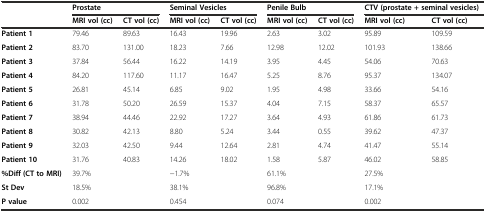
<table><thead><tr><td></td><td colspan="2"><b>Prostate</b></td><td colspan="2"><b>Seminal Vesicles</b></td><td colspan="2"><b>Penile Bulb</b></td><td colspan="2"><b>CTV (prostate + seminal vesicles)</b></td></tr><tr><td></td><td><b>MRI vol (cc)</b></td><td><b>CT vol (cc)</b></td><td><b>MRI vol (cc)</b></td><td><b>CT vol (cc)</b></td><td><b>MRI vol (cc)</b></td><td><b>CT vol (cc)</b></td><td><b>MRI vol (cc)</b></td><td><b>CT vol (cc)</b></td></tr></thead><tbody><tr><td><b>Patient 1</b></td><td>79.46</td><td>89.63</td><td>16.43</td><td>19.96</td><td>2.63</td><td>3.02</td><td>95.89</td><td>109.59</td></tr><tr><td><b>Patient 2</b></td><td>83.70</td><td>131.00</td><td>18.23</td><td>7.66</td><td>12.98</td><td>12.02</td><td>101.93</td><td>138.66</td></tr><tr><td><b>Patient 3</b></td><td>37.84</td><td>56.44</td><td>16.22</td><td>14.19</td><td>3.95</td><td>4.45</td><td>54.06</td><td>70.63</td></tr><tr><td><b>Patient 4</b></td><td>84.20</td><td>117.60</td><td>11.17</td><td>16.47</td><td>5.25</td><td>8.76</td><td>95.37</td><td>134.07</td></tr><tr><td><b>Patient 5</b></td><td>26.81</td><td>45.14</td><td>6.85</td><td>9.02</td><td>1.95</td><td>4.98</td><td>33.66</td><td>54.16</td></tr><tr><td><b>Patient 6</b></td><td>31.78</td><td>50.20</td><td>26.59</td><td>15.37</td><td>4.04</td><td>7.15</td><td>58.37</td><td>65.57</td></tr><tr><td><b>Patient 7</b></td><td>38.94</td><td>44.46</td><td>22.92</td><td>17.27</td><td>3.64</td><td>4.93</td><td>61.86</td><td>61.73</td></tr><tr><td><b>Patient 8</b></td><td>30.82</td><td>42.13</td><td>8.80</td><td>5.24</td><td>3.44</td><td>0.55</td><td>39.62</td><td>47.37</td></tr><tr><td><b>Patient 9</b></td><td>32.03</td><td>42.50</td><td>9.44</td><td>12.64</td><td>2.81</td><td>4.74</td><td>41.47</td><td>55.14</td></tr><tr><td><b>Patient 10</b></td><td>31.76</td><td>40.83</td><td>14.26</td><td>18.02</td><td>1.58</td><td>5.87</td><td>46.02</td><td>58.85</td></tr><tr><td><b>%Diff (CT to MRI)</b></td><td colspan="2">39.7%</td><td colspan="2">−1.7%</td><td colspan="2">61.1%</td><td colspan="2">27.5%</td></tr><tr><td><b>St Dev</b></td><td colspan="2">18.5%</td><td colspan="2">38.1%</td><td colspan="2">96.8%</td><td colspan="2">17.1%</td></tr><tr><td><b>P value</b></td><td colspan="2">0.002</td><td colspan="2">0.454</td><td colspan="2">0.074</td><td colspan="2">0.002</td></tr></tbody></table>